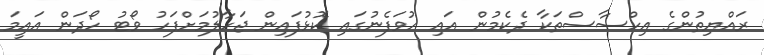
ރައްޔިތުންގެ އިހްސާސްތަކާ ދެކެމުން އައި ހުވަފެނުގައި ކޮޅުފައިން ޖަހާލުމަށްފަހު ވޯޓު ހޯދަން އައީމަ